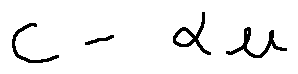
c - \alpha u